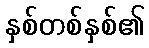
နှစ်တစ်နှစ်၏